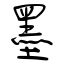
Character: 墨